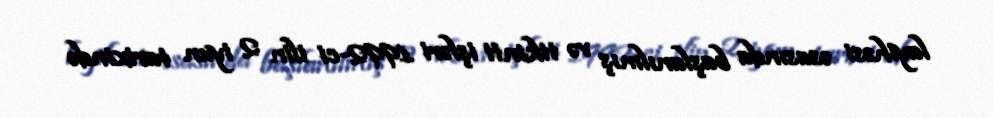
layihəsi əsasında başlanılmış və tikinti işləri 1992-ci ilin 2 iyun tarixində